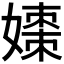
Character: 𪦡